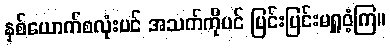
နှစ်ယောက်စလုံးပင် အသက်ကိုပင် ပြင်းပြင်းမရှူဝံ့ကြ။